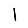
Digit: 1